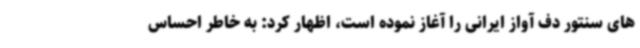
های سنتور دف آواز ایرانی را آغاز نموده است، اظهار کرد: به خاطر احساس